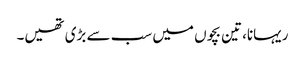
ریہانا، تین بچوں میں سب سے بڑی تھیں۔